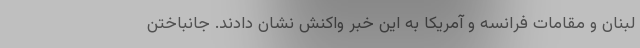
لبنان و مقامات فرانسه و آمریکا به این خبر واکنش نشان دادند. جانباختن